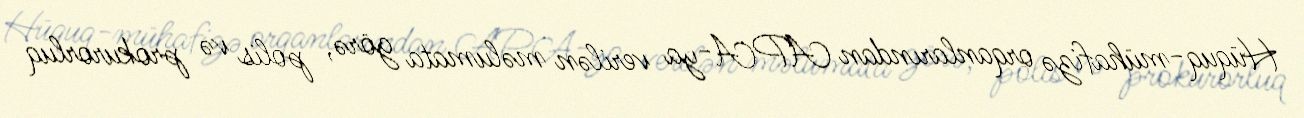
Hüquq-mühafizə orqanlarından APA-ya verilən məlumata görə, polis və prokurorluq